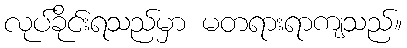
လုပ်ခိုင်းရသည်မှာ မတရားရာကျသည်။